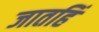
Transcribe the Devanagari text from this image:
जातहिं